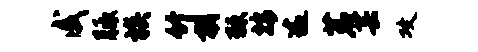
戚胝族竹朝棘按逾茗芸攻